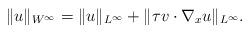
LaTeX: \begin{align*}\|u\|_{W^\infty}=\|u\|_{L^\infty}+\|\tau v\cdot \nabla_x u\|_{L^\infty}.\end{align*}